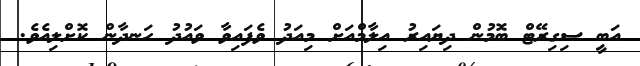
އަބީ ސިގިރޭޓް ބޮމުން ދިޔައިރު އިލާމްއަށް މިއަދު ވެފައިވާ ވައުދު ހަނދާން ކޮށްލިއެވެ.